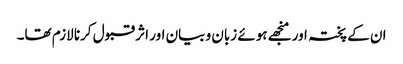
ان کے پختہ اور منجھے ہوئے زبان و بیان اور اثر قبول کرنا لازم تھا۔